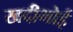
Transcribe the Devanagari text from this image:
खदीभोई